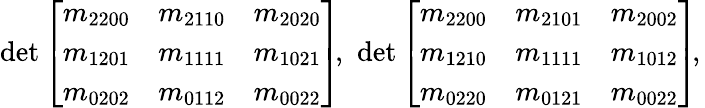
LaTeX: \mathrm{det}\left[\begin{array}{lll}{m_{2200}}&{m_{2110}}&{m_{2020}}\\ {m_{1201}}&{m_{1111}}&{m_{1021}}\\ {m_{0202}}&{m_{0112}}&{m_{0022}}\end{array}\right]\! ,\, \, \mathrm{det}\left[\begin{array}{lll}{m_{2200}}&{m_{2101}}&{m_{2002}}\\ {m_{1210}}&{m_{1111}}&{m_{1012}}\\ {m_{0220}}&{m_{0121}}&{m_{0022}}\end{array}\right]\! ,\,